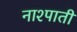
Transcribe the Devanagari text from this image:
नाश्पाती